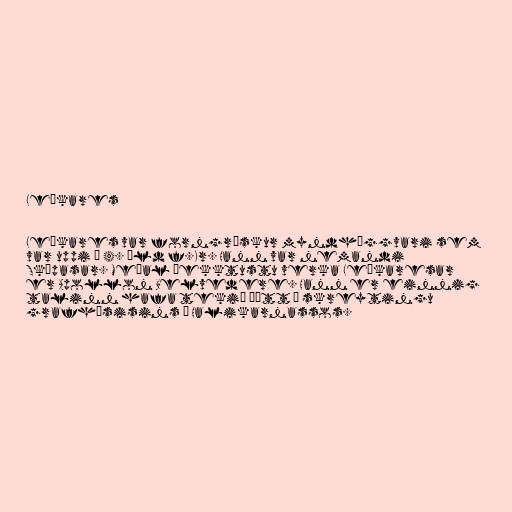
Leókares

Leókares var forngrískur myndhöggvari sem
var uppi á 4. öld f.Kr. Hann var nemandi
Skópasar. Meðal þekktustu verka Leókaresar
er Apollon Belvedere. Hann er einnig
talinn hafa tekið þátt í skreytingu
grafhýsisins í Halikarnassos.